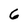
Character: 6